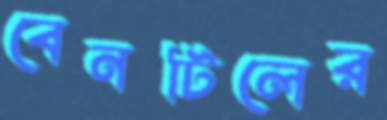
বেনটিলের